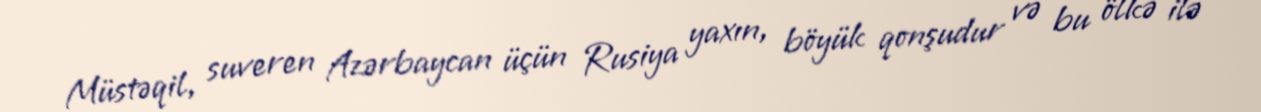
Müstəqil, suveren Azərbaycan üçün Rusiya yaxın, böyük qonşudur və bu ölkə ilə